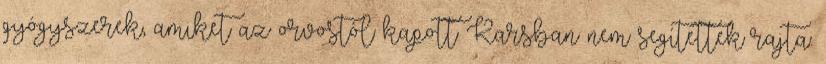
gyógyszerek, amiket az orvostól kapott Karsban nem segítettek rajta.